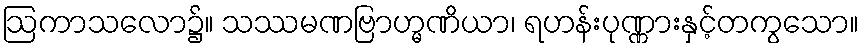
ဩကာသလော၌။ သဿမဏဗြာဟ္မဏိယာ၊ ရဟန်းပုဏ္ဏားနှင့်တကွသော။